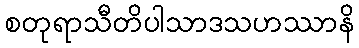
စတုရာသီတိပါသာဒသဟဿာနိ